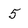
Character: 5